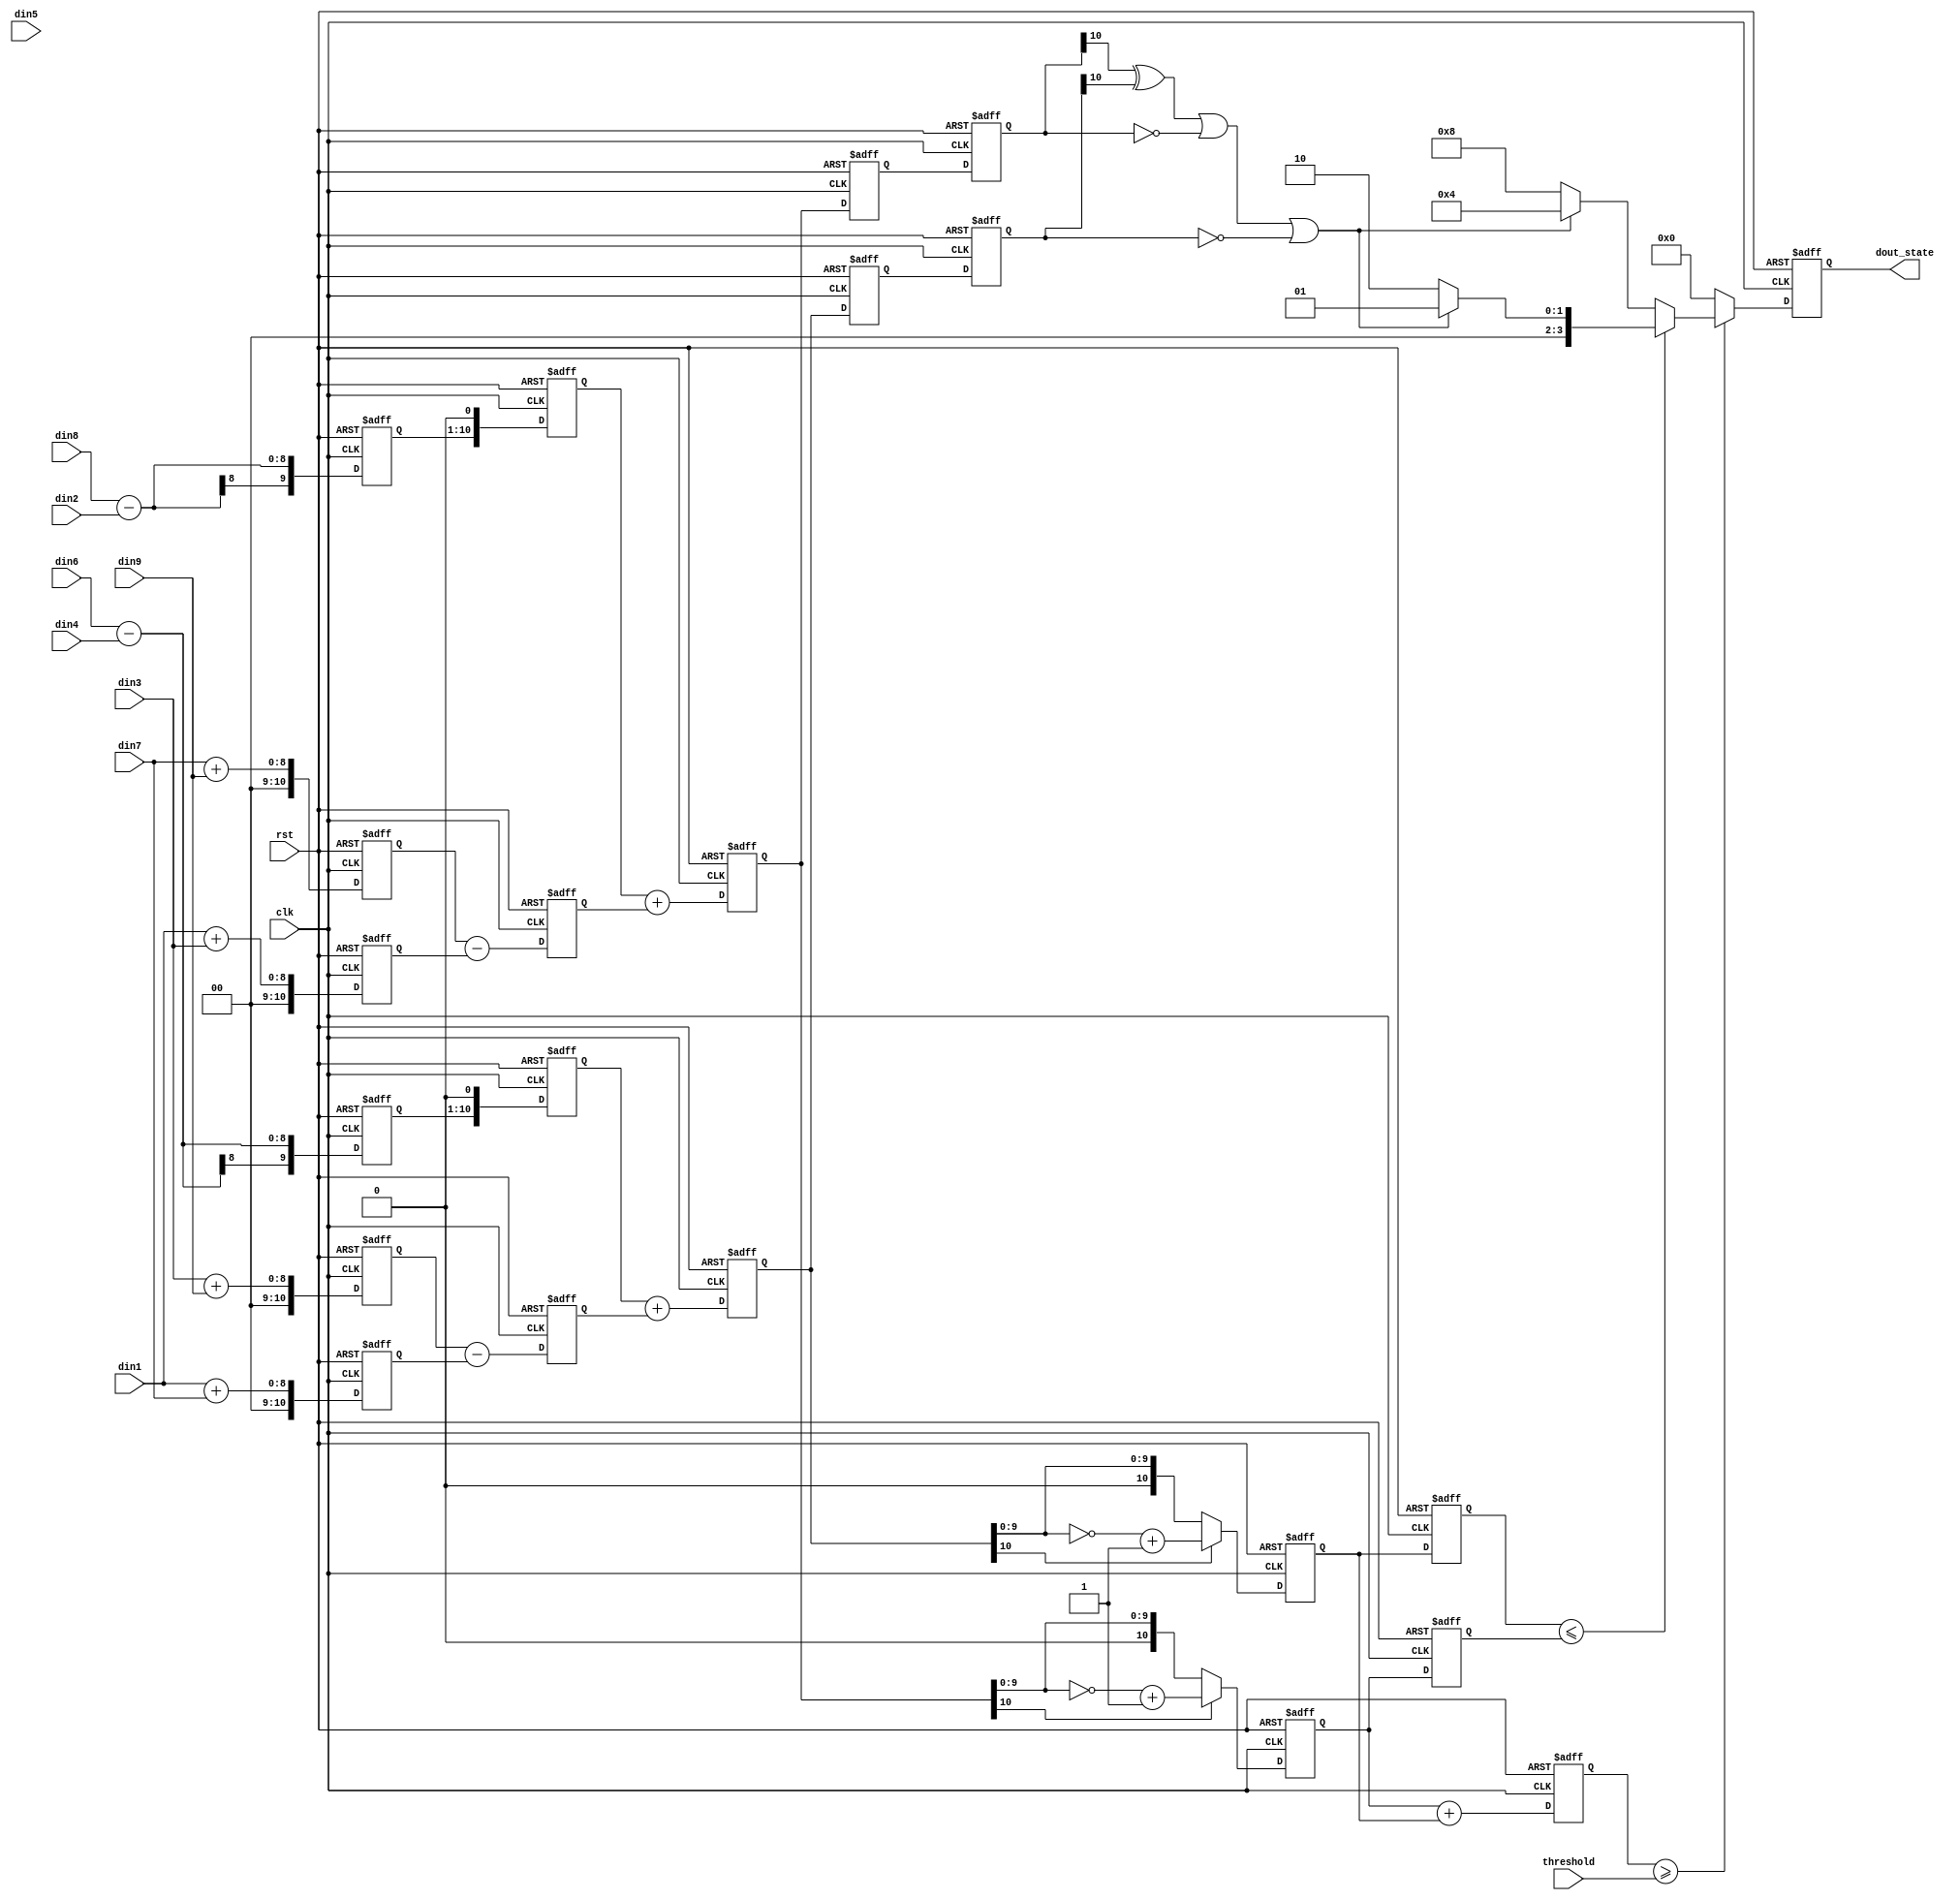
//p11p55state6

module julge_state(clk, rst, threshold, din1, din2, din3, din4, din5, din6, din7, din8, din9, 
                dout_state); 
	input clk;
    input rst;
	input [10:0] threshold;
    input [7:0]  din1;
    input [7:0]  din2;
    input [7:0]  din3;
    input [7:0]  din4;
    input [7:0]  din5;
    input [7:0]  din6;
    input [7:0]  din7;
    input [7:0]  din8;
    input [7:0]  din9;

	output [3:0] dout_state; 

	reg [10:0] delta;
	reg [3:0]  dout_state;

	reg [10:0]  tmpx1;
	reg [10:0]  tmpx2;
	reg [10:0]  tmpx3;
	reg [10:0]  tmpx4;
	reg [10:0]  tmpx5;
	reg [10:0]  tmpx6;
	reg [10:0]  tmpy1;
	reg [10:0]  tmpy2;
	reg [10:0]  tmpy3;
	reg [10:0]  tmpy4;
	reg [10:0]  tmpy5;
	reg [10:0]  tmpy6;
	
	reg [10:0]	tmpx6r1,tmpx6r2;
	reg	[10:0]	tmpy6r1,tmpy6r2;
	reg	[10:0]	absx_r,absy_r;

	reg [10:0] absx;
	reg [10:0] absy;

	always@(posedge clk or negedge rst)
		begin
			if(!rst)
				begin
					delta<=0;
					dout_state<=5'b00000;
					tmpx1<=0;
					tmpx2<=0;
					tmpx3<=0;
					tmpx4<=0;
					tmpx5<=0;
					tmpx6<=0;
					tmpy1<=0;
					tmpy2<=0;
					tmpy3<=0;
					tmpy4<=0;
					tmpy5<=0;
					tmpy6<=0;
					absx<=0;
					absy<=0;
					
					tmpx6r1 <= 0;
					tmpy6r1 <= 0;
					
					tmpx6r2 <= 0;
					tmpy6r2 <= 0;
					
					absx_r <= 0;
					absy_r <= 0;
					
				end
	
			else
				begin
				//
				//|-1-2-1 |
				//|	0 0	0 |
				//|	1 2 1 |
				tmpx1<=din7+din9;
				tmpx2<=din1+din3;
				tmpx3<=din8-din2;
				tmpx4<=tmpx3<<1;
				tmpx5<=tmpx1-tmpx2;
				tmpx6<=tmpx4+tmpx5;
				tmpx6r1 <= tmpx6;
				tmpx6r2 <= tmpx6r1;
	
				tmpy1<=din1+din7;
				tmpy2<=din3+din9;
				tmpy3<=din6-din4;
				tmpy4<=tmpy3<<1;
				tmpy5<=tmpy2-tmpy1;
				tmpy6<=tmpy4+tmpy5;
				tmpy6r1 <= tmpy6;
				tmpy6r2 <= tmpy6r1;
	
				if(tmpx6[10]==1)
					absx<={1'b0,~tmpx6[9:0]}+1;
				else
					absx<=tmpx6;
				
				if(tmpy6[10]==1)
					absy<={1'b0,~tmpy6[9:0]}+1;
				else
					absy<=tmpy6;
	
				absx_r <= absx;
				absy_r <= absy;
				delta<=absx+absy;
	
				if(delta>=threshold)
					begin
						if(absy_r<=absx_r)
							begin
								//1
								if((tmpx6r2[10]^tmpy6r2[10])||(tmpx6r2==11'b0)||(tmpy6r2 == 11'b0))
									dout_state<=4'b0001;		//Fy<Fx,135180
								else
									dout_state<=4'b0010;		//Fy<Fx,045
							end
						else
							begin
								if((tmpx6r2[10]^tmpy6r2[10])||(tmpx6r2==11'b0)||(tmpy6r2 == 11'b0))
									dout_state<=4'b0100;		//Fy>Fx,90135
								else
									dout_state<=4'b1000;		//Fy>Fx,4590
							end
					end
				else
					dout_state<=4'b0000;
				
			end
		end

endmodule